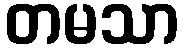
တမသာ